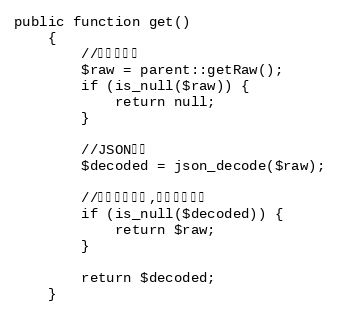
Language: PHP
public function get()
    {
        //获取保存值
        $raw = parent::getRaw();
        if (is_null($raw)) {
            return null;
        }

        //JSON解码
        $decoded = json_decode($raw);

        //如果解码失败,返回原始内容
        if (is_null($decoded)) {
            return $raw;
        }

        return $decoded;
    }